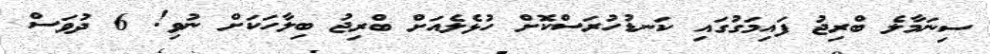
ސިނަމާލެ ބްރިޖު ފައިމަގުގައި ކަނޑުހުރަސްކޮށް ހުޅެލެއަށް ބްރިޖު ބިލާހަކަށް ނުވި! 6 ދުވަސް